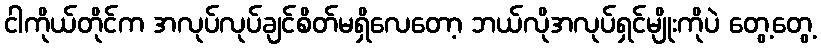
ငါကိုယ်တိုင်က အလုပ်လုပ်ချင်စိတ်မရှိလေတော့ ဘယ်လိုအလုပ်ရှင်မျိုးကိုပဲ တွေ့တွေ့